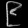
Digit: ၉